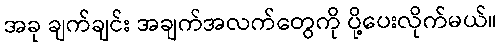
အခု ချက်ချင်း အချက်အလက်တွေကို ပို့ပေးလိုက်မယ်။